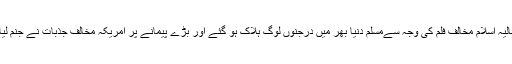
حالیہ اسلام مخالف فلم کی وجہ سےمسلم دنیا بھر میں درجنوں لوگ ہلاک ہو گئے اور بڑے پیمانے پر امریکہ ٕمخالف جذبات نے جنم لیا ۔